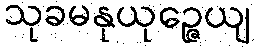
သုခမနုယုဉ္ဇေယျ